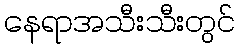
နေရာအသီးသီးတွင်